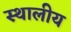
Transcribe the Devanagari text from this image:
स्थालीय